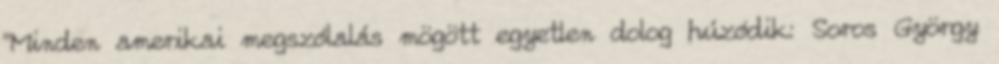
"Minden amerikai megszólalás mögött egyetlen dolog húzódik: Soros György